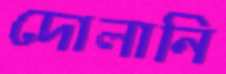
দোলানি